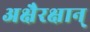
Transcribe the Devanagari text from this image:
अक्षैरक्षान्